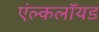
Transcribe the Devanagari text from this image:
एंल्कलॉयड